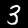
Label: 3